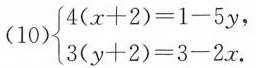
（9）$$\begin{cases}